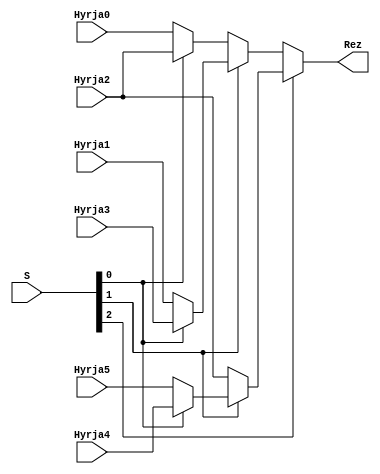
`timescale 1ns / 1ps
//////////////////////////////////////////////////////////////////////////////////
// Company: 
// Engineer: 
// 
// Design Name: 
// Module Name: mux6ne1
// Project Name: 
// Target Devices: 
// Tool Versions: 
// Description: 
// 
// Dependencies: 
// 
// Revision:
// Revision 0.01 - File Created
// Additional Comments:
// 
//////////////////////////////////////////////////////////////////////////////////


module mux6ne1(
  input Hyrja0,
    input Hyrja1,
    input Hyrja2,
    input Hyrja3,
    input Hyrja4,
    input Hyrja5,
    input [2:0] S,
    output Rez
    );
    
assign Rez = S[2]?(S[1]?(S[0]?Hyrja4:Hyrja5):(S[0]?Hyrja2:Hyrja2)):(S[1]?(S[0]?Hyrja3:Hyrja1):
(S[0]?Hyrja2:Hyrja0));
    
endmodule